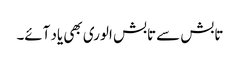
تابش سے تابش الوری بھی یاد آئے۔